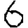
Digit: 6